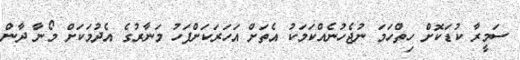
ސަމީރާ ކުޑަކޮށް ހިތްހަމަ ނުޖެހުނެއްކަމަކު އެތަށް އަހަރަކަށްފަހު މަނާރުގެ އެދުމަކަށް މޯނާ ދާން